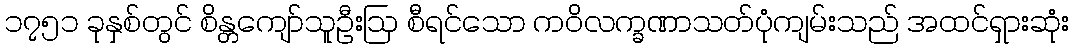
၁၇၅၁ ခုနှစ်တွင် စိန္တကျော်သူဦးဩ စီရင်သော ကဝိလက္ခဏာသတ်ပုံကျမ်းသည် အထင်ရှားဆုံး